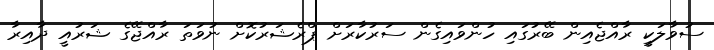
ސުވާލަކީ ރާއްޖެއިން ބޭރުގައި ހުންވައިގެން ސަރުކާރަށް ޕްރެޝަރުކޮށް ނުވަތަ ރާއްޖޭގެ ޝަރުއީ ދާއިރާ